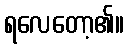
ရလေတော့၏။